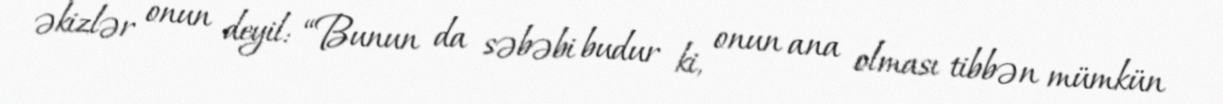
əkizlər onun deyil: “Bunun da səbəbi budur ki, onun ana olması tibbən mümkün